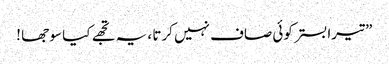
” تیرا بستر کوئی صاف نہیں کرتا ، یہ تجھے کیا سو جھا !